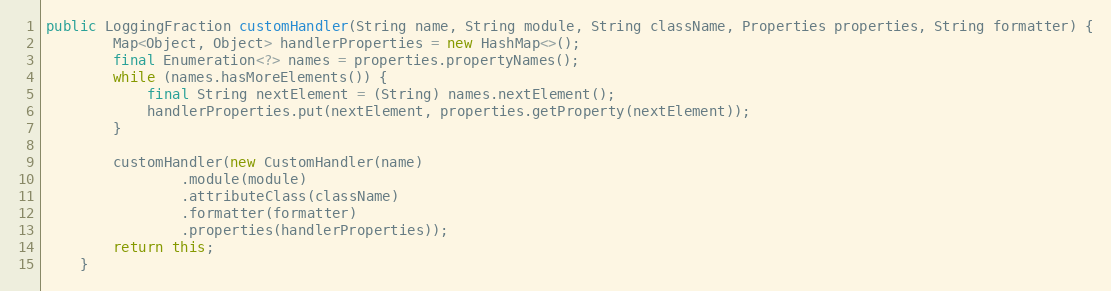
Language: Java
public LoggingFraction customHandler(String name, String module, String className, Properties properties, String formatter) {
        Map<Object, Object> handlerProperties = new HashMap<>();
        final Enumeration<?> names = properties.propertyNames();
        while (names.hasMoreElements()) {
            final String nextElement = (String) names.nextElement();
            handlerProperties.put(nextElement, properties.getProperty(nextElement));
        }

        customHandler(new CustomHandler(name)
                .module(module)
                .attributeClass(className)
                .formatter(formatter)
                .properties(handlerProperties));
        return this;
    }